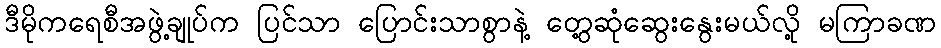
ဒီမိုကရေစီအဖွဲ့ချုပ်က ပြင်သာ ပြောင်းသာစွာနဲ့ တွေ့ဆုံဆွေးနွေးမယ်လို့ မကြာခဏ